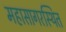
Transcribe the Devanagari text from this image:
महासागरस्थित